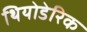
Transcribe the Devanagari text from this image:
थियोडेरिक